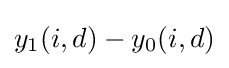
y_{1}(i,d)-y_{0}(i,d)